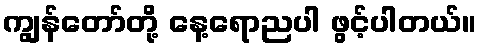
ကျွန်တော်တို့ နေ့ရောညပါ ဖွင့်ပါတယ်။